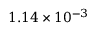
1 . 1 4 \times 1 0 ^ { - 3 }